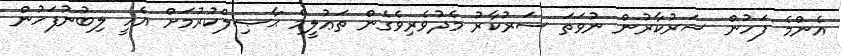
އެންމެ ފަހުން ސަރުކާރުން ނުވަތަ ސަރުކާރު މެދުވެރިވެގެން ތަޢުލީމް ޙާޞިލްކުރުމަށް އެހީ ލިބުނުފަހުން